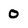
Character: 0